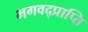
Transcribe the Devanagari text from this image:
भगवद्प्राप्ति